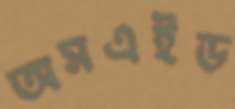
অসএইড